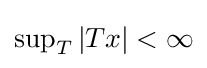
{\textstyle \sup _{T}|Tx|<\infty }